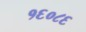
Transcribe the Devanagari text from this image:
१६०८६